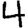
Digit: 4